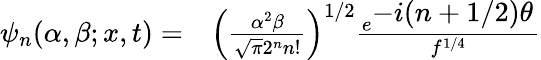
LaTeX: \begin{array}{ll}{\psi_{n}(\alpha,\beta;x,t)=}&{\left(\frac{\alpha^{2}\beta}{\sqrt{\pi}2^{n}n!}\right)^{1/2}\frac{e^{\textstyle-i(n+1/2)\theta}}{f^{1/4}}}\end{array}